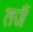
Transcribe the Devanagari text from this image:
तजैं